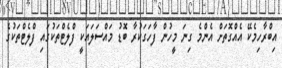
އިބްރާހިމެކޭ އެއްގޮތަށް އެންމެ ގިނަ މީހުން ފާހަގަކުރާ ބޮޑު މައްސަލައަކީ ފްލެޓްތަކުގައި ފްލެޓްތަކުގެ